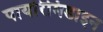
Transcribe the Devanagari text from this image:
पायरिमिडाइन